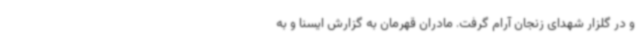
و در گلزار شهدای زنجان آرام گرفت. مادران قهرمان به گزارش ایسنا و به